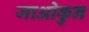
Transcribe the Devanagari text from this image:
जाओकुन